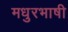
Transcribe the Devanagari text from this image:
मधुरभाषी